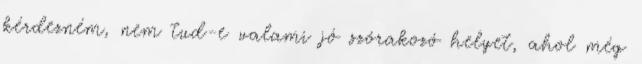
kérdezném, nem tud-e valami jó szórakozó helyet, ahol még